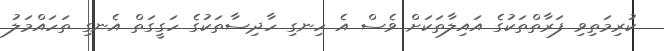
ކުރިމަތިވި ފަރާތްތަކުގެ އައިލާތަކަށް ވެސް އެ ހިނގި ހާދިސާތަކުގެ ހަގީގަތް އެނގި ތަހައްމަލު